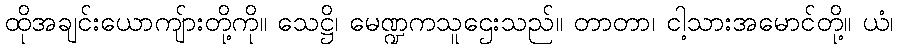
ထိုအချင်းယောကျ်ားတို့ကို။ သေဋ္ဌိ၊ မေဏ္ဍကသူဌေးသည်။ တာတာ၊ ငါ့သားအမောင်တို့။ ယံ၊